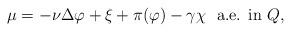
LaTeX: \begin{align*} \mu= - \nu \Delta \varphi + \xi + \pi(\varphi) - \gamma \chi \ \ \textrm{a.e. in $Q$,} \end{align*}